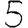
Digit: 5